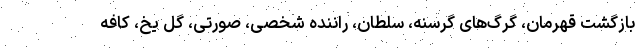
بازگشت قهرمان، گرگ‌های گرسنه، سلطان، راننده شخصی، صورتی، گل یخ، کافه